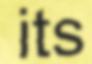
its